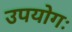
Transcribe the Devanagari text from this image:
उपयोगः